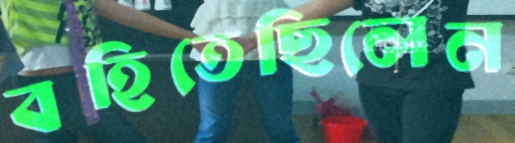
বহিতেছিলেন